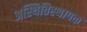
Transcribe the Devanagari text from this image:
अस्थितिस्थापक